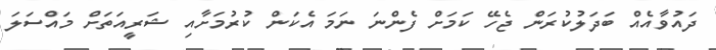
ދައުވާއެއް ބަދަލުކުރަން ޖެހޭ ކަމަށް ފެންނަ ނަމަ އެކަން ކުރުމަށާއި ޝަރީއަތަށް މައްސަލަ